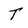
Character: T